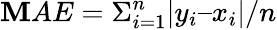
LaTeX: \mathbf{M}AE=\Sigma_{i=1}^{n}|y_{i}–x_{i}|/n